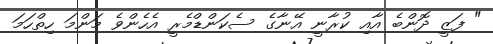
" ފަޒީ ދޮންބެ އާއި ކުރާނީ އޭނާގެ ސެކަންޑްމެރީ އެހެންވެ މަންމަ ހިތްހަމަ